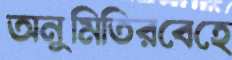
অনুমিতিরবেহে